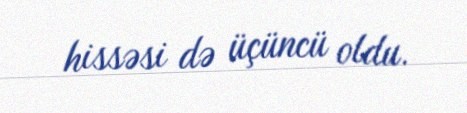
hissəsi də üçüncü oldu.